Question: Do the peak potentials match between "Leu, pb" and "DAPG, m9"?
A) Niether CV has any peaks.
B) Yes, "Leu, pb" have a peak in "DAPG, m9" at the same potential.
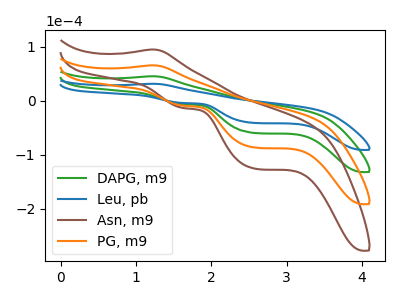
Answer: <think>The green curve "DAPG, m9" has an anodic peak at (1.25V, 45.05uA) and cathodic peaks at (1.65V, -6.60uA) (2.60V, -60.15uA). The blue curve "Leu, pb" has an anodic peak at (1.25V, 31.10uA) and cathodic peaks at (1.65V, -4.55uA) (2.60V, -41.50uA). The brown curve "Asn, m9" has an anodic peak at (1.25V, 135.20uA) and cathodic peaks at (1.65V, -19.75uA) (2.60V, -180.40uA). The orange curve "PG, m9" has an anodic peak at (1.25V, 90.10uA) and cathodic peaks at (1.65V, -13.15uA) (2.60V, -120.25uA).</think>
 <answer>B) Yes, "Leu, pb" have a peak in "DAPG, m9" at the same potential.</answer>
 <eval>B</eval>